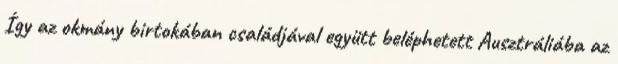
Így az okmány birtokában családjával együtt beléphetett Ausztráliába az